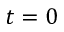
t = 0